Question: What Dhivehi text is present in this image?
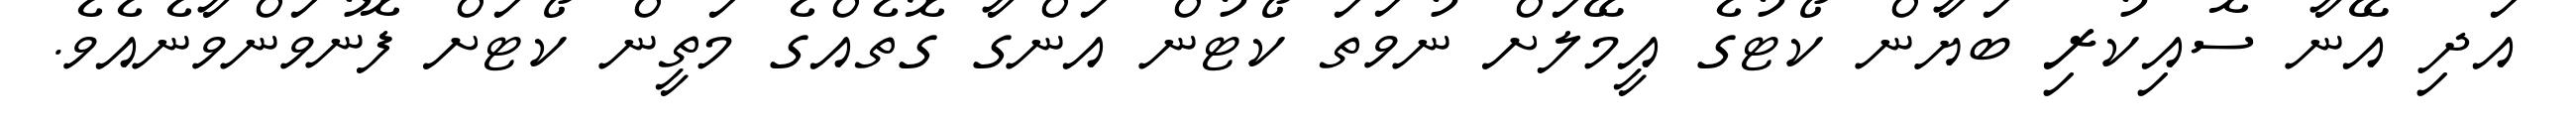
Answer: އަދި އޭނާ ސޮއިކުރި ބަޔާން ކޯޓުގެ އީމޭލަށް ނުވަތަ ކޯޓުން އަންގާ ގޮތެއްގެ މަތީން ކޯޓަށް ފޮނުވަންވާނެއެވެ.